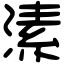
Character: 溸